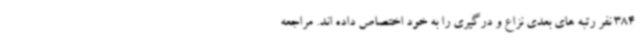
384 نفر رتبه های بعدی نزاع و درگیری را به خود اختصاص داده اند. مراجعه